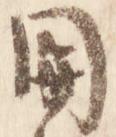
関